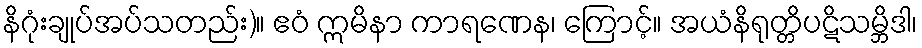
နိဂုံးချုပ်အပ်သတည်း)။ ဧဝံ ဣမိနာ ကာရဏေန၊ ကြောင့်။ အယံနိရုတ္တိပဋိသမ္ဘိဒါ၊